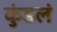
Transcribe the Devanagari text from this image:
कुंडलं